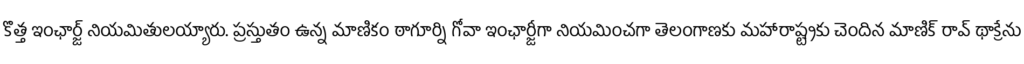
కొత్త ఇంఛార్జ్ నియమితులయ్యారు. ప్రస్తుతం ఉన్న మాణికం ఠాగూర్ని గోవా ఇంఛార్జీగా నియమించగా తెలంగాణకు మహారాష్ట్రకు చెందిన మాణిక్ రావ్ థాక్రేను